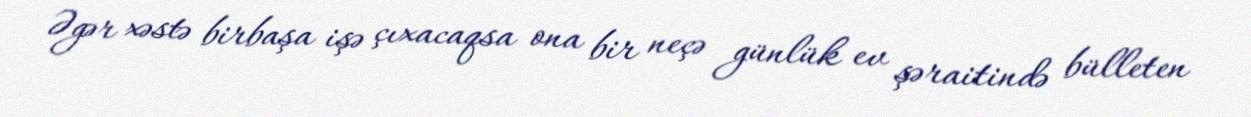
Əgər xəstə birbaşa işə çıxacaqsa ona bir neçə günlük ev şəraitində bülleten